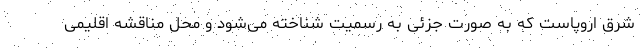
شرق اروپاست که به صورت جزئی به رسمیت شناخته می‌شود و محل مناقشه اقلیمی